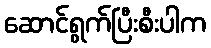
ဆောင်ရွက်ပြီးစီးပါက